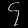
Digit: ၄